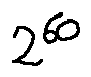
2 ^ { 6 0 }